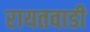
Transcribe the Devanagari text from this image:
रायतवाडी